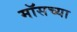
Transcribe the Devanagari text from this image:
मॉसच्या